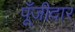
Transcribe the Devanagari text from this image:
पूँजीदार